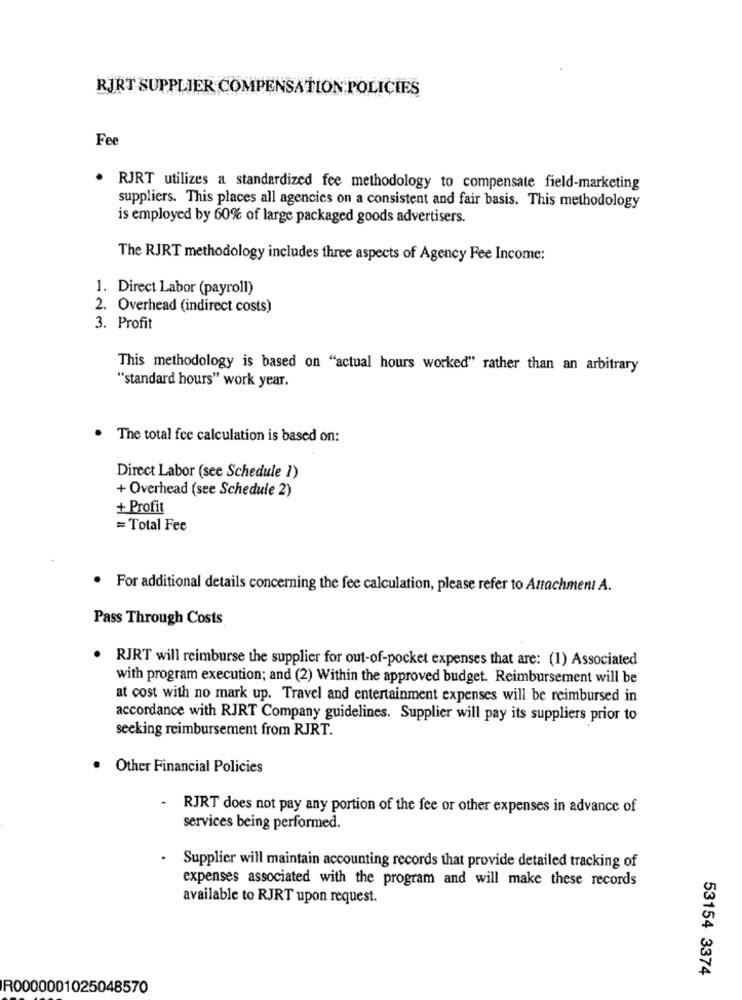
RJRT SUPPLIER COMPENSATION POLICIES
Fee
· RJRT utilizes a standardized fee methodology to compensate field-marketing
suppliers. This places all agencies on a consistent and fair basis. This methodology
is employed by 60% of large packaged goods advertisers.
The RJRT methodology includes three aspects of Agency Fee Income:
1. Direct Labor (payroll)
2. Overhead (indirect costs)
3. Profit
This methodology is based on "actual hours worked" rather than an arbitrary
"standard hours" work year.
. The total fee calculation is based on:
Direct Labor (see Schedule 1)
+ Overhead (see Schedule 2)
+ Profit
=Total Fee
· For additional details concerning the fee calculation, please refer to Attachment A.
Pass Through Costs
RJRT will reimburse the supplier for out-of-pocket expenses that are: (1) Associated
with program execution; and (2) Within the approved budget. Reimbursement will be
at cost with no mark up. Travel and entertainment expenses will be reimbursed in
accordance with RJRT Company guidelines. Supplier will pay its suppliers prior to
seeking reimbursement from RJRT.
. Other Financial Policies
-
RJRT does not pay any portion of the fee or other expenses in advance of
services being performed.
- Supplier will maintain accounting records that provide detailed tracking of
expenses associated with the program and will make these records
available to RJRT upon request.
53154 3374
R0000001025048570